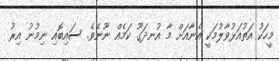
މީހަކު އަތުއަޅުވާލުމަކީ އެނާއަށް މާ އުނދަގޫ ކަމެއް ނޫނެވެ. ސައިބޮއި ނިމުނު އިރު